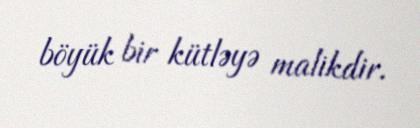
böyük bir kütləyə malikdir.